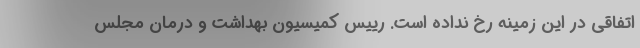
اتفاقی در این زمینه رخ نداده است. رییس کمیسیون بهداشت و درمان مجلس